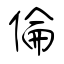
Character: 倫